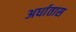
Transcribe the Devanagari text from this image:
अर्धातास